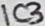
Text: IC3